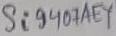
Text: Si9407AEY